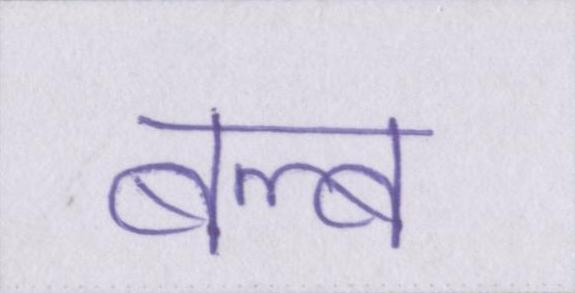
बल्ब